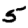
Digit: 5